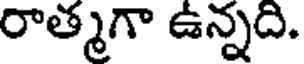
రాత్మగా ఉన్నది.